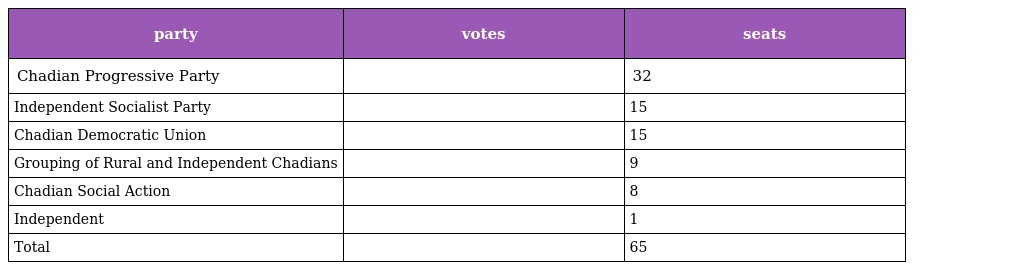
| party | votes | seats |
 | --- | --- | --- |
 | Chadian Progressive Party |  | 32 |
 | Independent Socialist Party |  | 15 |
 | Chadian Democratic Union |  | 15 |
 | Grouping of Rural and Independent Chadians |  | 9 |
 | Chadian Social Action |  | 8 |
 | Independent |  | 1 |
 | Total |  | 65 |